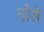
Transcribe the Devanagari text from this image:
सीले